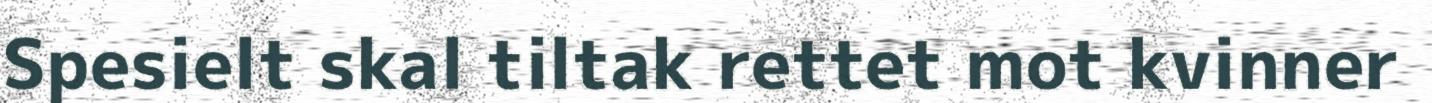
Spesielt skal tiltak rettet mot kvinner